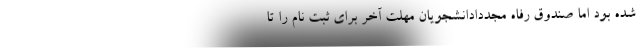
شده بود اما صندوق رفاه مجددادانشجویان مهلت آخر برای ثبت نام را تا